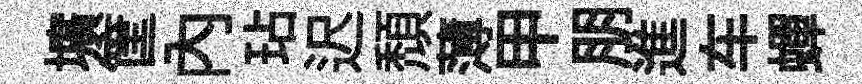
壙筐內玷迟頹薄甲朋進车蟬